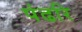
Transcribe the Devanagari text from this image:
पंढरि